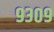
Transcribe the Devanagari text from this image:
९३०९